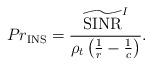
LaTeX: \begin{align*}Pr_{\rm INS}=\frac{\widetilde{\rm SINR}^{I}}{\rho_t\left(\frac{1}{{ r}}-\frac{1}{c}\right)}.\end{align*}